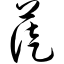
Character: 蓰